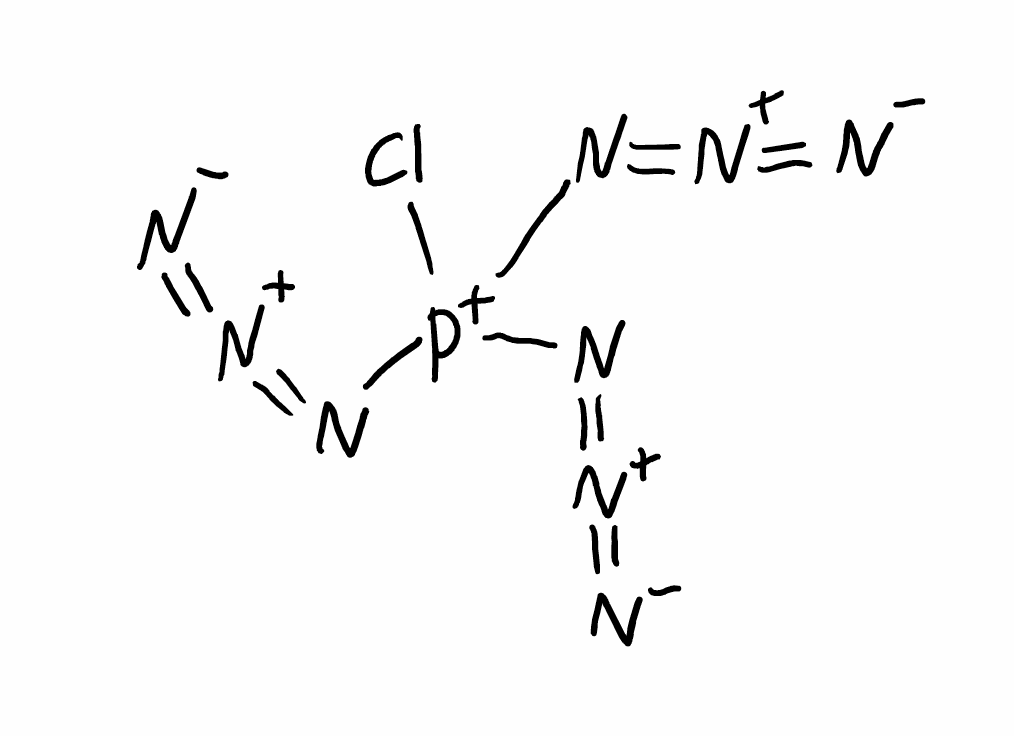
Simplified molecular-input line-entry system (SMILES) notation of the given molecule:
[N-]=[N+]=N[P+](N=[N+]=[N-])(N=[N+]=[N-])Cl